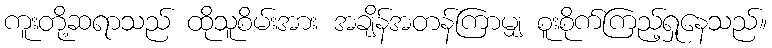
ကူးတို့ဆရာသည် ထိုသူစိမ်းအား အချိန်အတန်ကြာမျှ စူးစိုက်ကြည့်ရှုနေသည်။